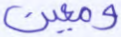
ومعين